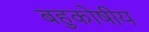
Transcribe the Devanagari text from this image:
बहुकोषीय